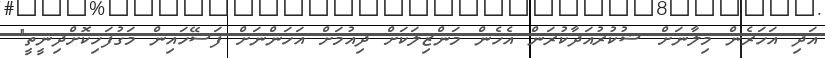
އަދި އަހަރެން މިލާނަށް ޝުކުރުއަދާކުރަން އެހެން މަންޒިލަކަށް ދިއުމަށް އަހަންނަށް ފަސޭހައިން މަގުފަހިކޮށްދިނީތީ"